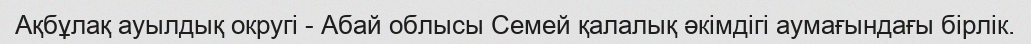
Ақбұлақ ауылдық округі - Абай облысы Семей қалалық әкімдігі аумағындағы бірлік.